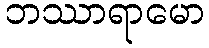
ဘဿာရာမော